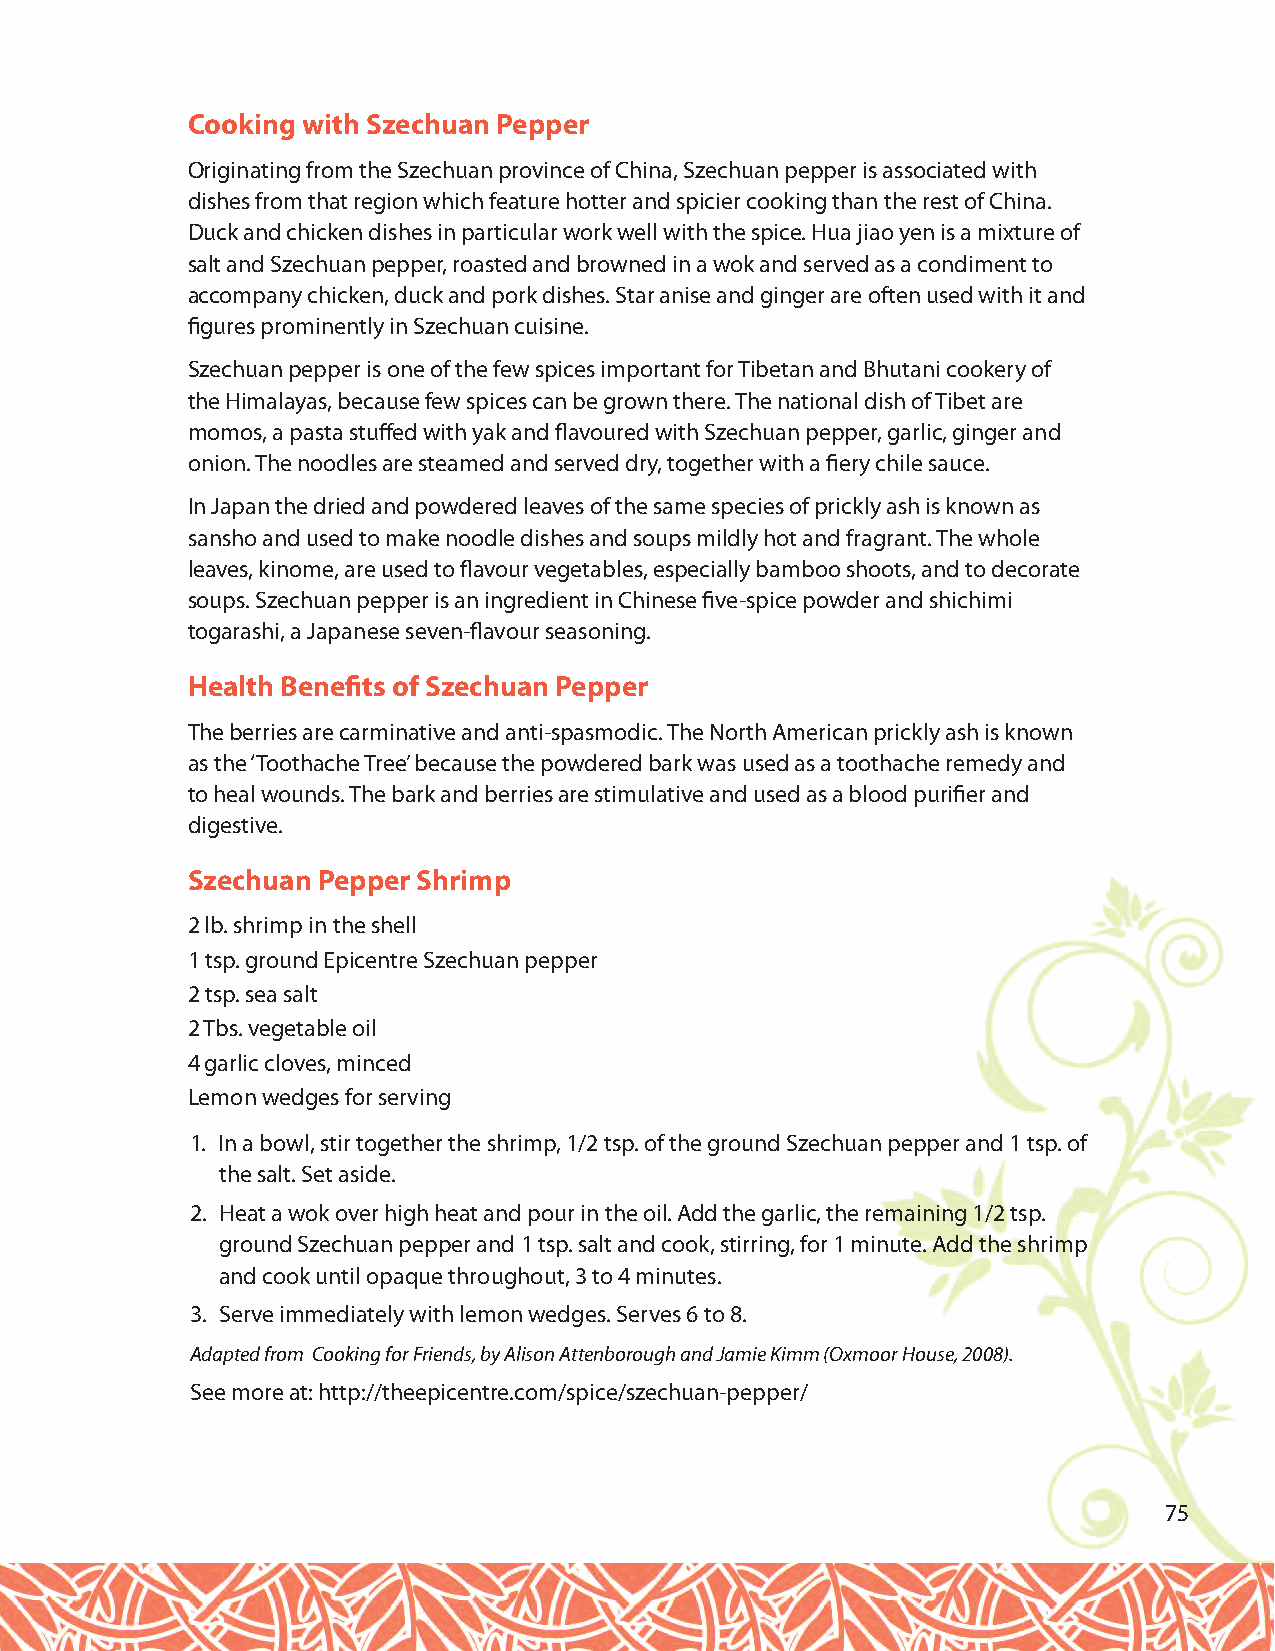
Cooking with Szechuan Pepper
 Originating from the Szechuan province of China, Szechuan pepper is associated with
 dishes from that region which feature hotter and spicier cooking than the rest of China.
 Duck and chicken dishes in particular work well with the spice. Hua jiao yen is a mixture of
 salt and Szechuan pepper, roasted and browned in a wok and served as a condiment to
 accompany chicken, duck and pork dishes. Star anise and ginger are often used with it and
 figures prominently in Szechuan cuisine.
 Szechuan pepper is one of the few spices important for Tibetan and Bhutani cookery of
 the Himalayas, because few spices can be grown there. The national dish of Tibet are
 momos, a pasta stuffed with yak and flavoured with Szechuan pepper, garlic, ginger and
 onion. The noodles are steamed and served dry, together with a fiery chile sauce.
 In Japan the dried and powdered leaves of the same species of prickly ash is known as
 sansho and used to make noodle dishes and soups mildly hot and fragrant. The whole
 leaves, kinome, are used to flavour vegetables, especially bamboo shoots, and to decorate
 soups. Szechuan pepper is an ingredient in Chinese five-spice powder and shichimi
 togarashi, a Japanese seven-flavour seasoning.
 Health Benefits of Szechuan Pepper
 The berries are carminative and anti-spasmodic. The North American prickly ash is known
 as the ‘Toothache Tree’ because the powdered bark was used as a toothache remedy and
 to heal wounds. The bark and berries are stimulative and used as a blood purifier and
 digestive.
 Szechuan Pepper Shrimp
 2 lb. shrimp in the shell
 1 tsp. ground Epicentre Szechuan pepper
 2 tsp. sea salt
 2 Tbs. vegetable oil
 4 garlic cloves, minced
 Lemon wedges for serving
 1. In a bowl, stir together the shrimp, 1/2 tsp. of the ground Szechuan pepper and 1 tsp. of
 the salt. Set aside.
 2. Heat a wok over high heat and pour in the oil. Add the garlic, the remaining 1/2 tsp.
 ground Szechuan pepper and 1 tsp. salt and cook, stirring, for 1 minute. Add the shrimp
 and cook until opaque throughout, 3 to 4 minutes.
 3. Serve immediately with lemon wedges. Serves 6 to 8.
 Adapted from Cooking for Friends, by Alison Attenborough and Jamie Kimm (Oxmoor House, 2008).
 See more at: http://theepicentre.com/spice/szechuan-pepper/
 75